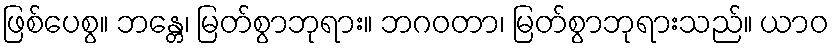
ဖြစ်ပေစွ။ ဘန္တေ၊ မြတ်စွာဘုရား။ ဘဂဝတာ၊ မြတ်စွာဘုရားသည်။ ယာဝ